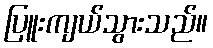
ပြူးကျယ်သွားသည်။